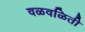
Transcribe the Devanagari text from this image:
वळवळिती